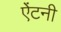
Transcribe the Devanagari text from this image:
ऐंटनी